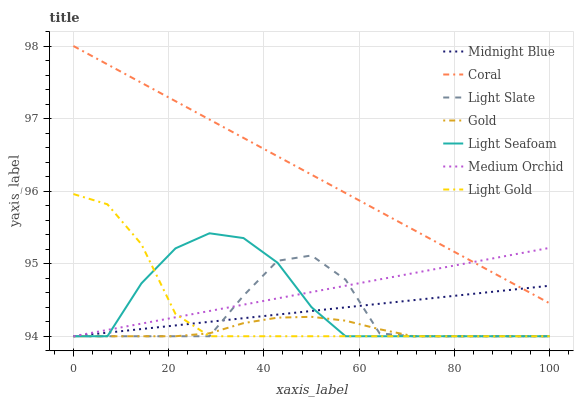
| xaxis_label | Midnight Blue | Coral | Light Slate | Gold | Light Seafoam | Medium Orchid | Light Gold |
 | --- | --- | --- | --- | --- | --- | --- | --- |
 | 0 | 94 | 98 | 94 | 94 | 94 | 94 | 96 |
 | 7.14 | 94 | 97.7 | 94 | 94 | 94 | 94.1 | 95.8 |
 | 14.3 | 94.1 | 97.5 | 94 | 94 | 94.7 | 94.2 | 95.3 |
 | 21.4 | 94.1 | 97.2 | 94 | 94 | 95.2 | 94.3 | 94.3 |
 | 28.6 | 94.2 | 97 | 94 | 94 | 95.4 | 94.3 | 94 |
 | 35.7 | 94.2 | 96.7 | 94.6 | 94.2 | 95.4 | 94.4 | 94 |
 | 42.9 | 94.3 | 96.5 | 95 | 94.3 | 95 | 94.5 | 94 |
 | 50 | 94.3 | 96.2 | 95.1 | 94.3 | 94.4 | 94.6 | 94 |
 | 57.1 | 94.4 | 96 | 94.8 | 94.2 | 94 | 94.7 | 94 |
 | 64.3 | 94.4 | 95.7 | 94 | 94.1 | 94 | 94.8 | 94 |
 | 71.4 | 94.5 | 95.5 | 94 | 94 | 94 | 94.9 | 94 |
 | 78.6 | 94.5 | 95.2 | 94 | 94 | 94 | 95 | 94 |
 | 85.7 | 94.6 | 95 | 94 | 94 | 94 | 95 | 94 |
 | 92.9 | 94.6 | 94.7 | 94 | 94 | 94 | 95.1 | 94 |
 | 100 | 94.7 | 94.5 | 94 | 94 | 94 | 95.2 | 94 |